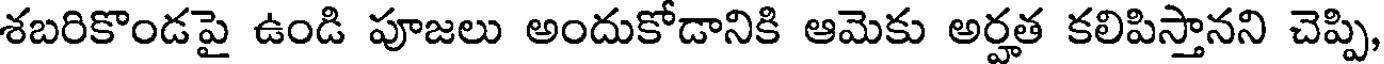
శబరికొండపై ఉండి పూజలు అందుకోడానికి ఆమెకు అర్హత కలిపిస్తానని చెప్పి,